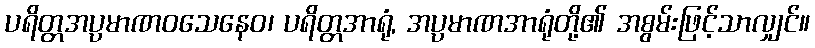
ပရိတ္တအပ္ပမာဏဝသေနေဝ၊ ပရိတ္တအာရုံ, အပ္ပမာဏအာရုံတို့၏ အစွမ်းဖြင့်သာလျှင်။